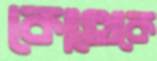
কোত্থেকে